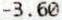
-3.60